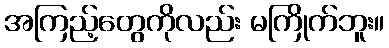
အကြည့်တွေကိုလည်း မကြိုက်ဘူး။